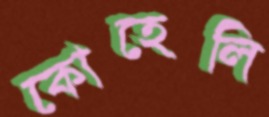
কোহেলি